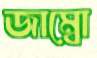
জাম্বো